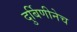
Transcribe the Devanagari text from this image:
दुर्बिणीनेच